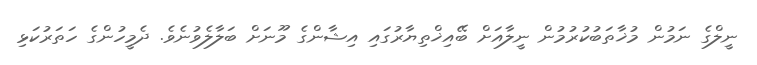
ނީލްގެ ނަމުން މުޚާތަބުކުރުމުން ނީލާއަށް ބޭއިޚްތިޔާރުގައި އިޝާންގެ މޫނަށް ބަލާލެވުނެވެ. ދެމީހުންގެ ހަތަރުކަޅި